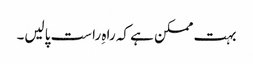
بہت ممکن ہے کہ راہِ راست پالیں۔